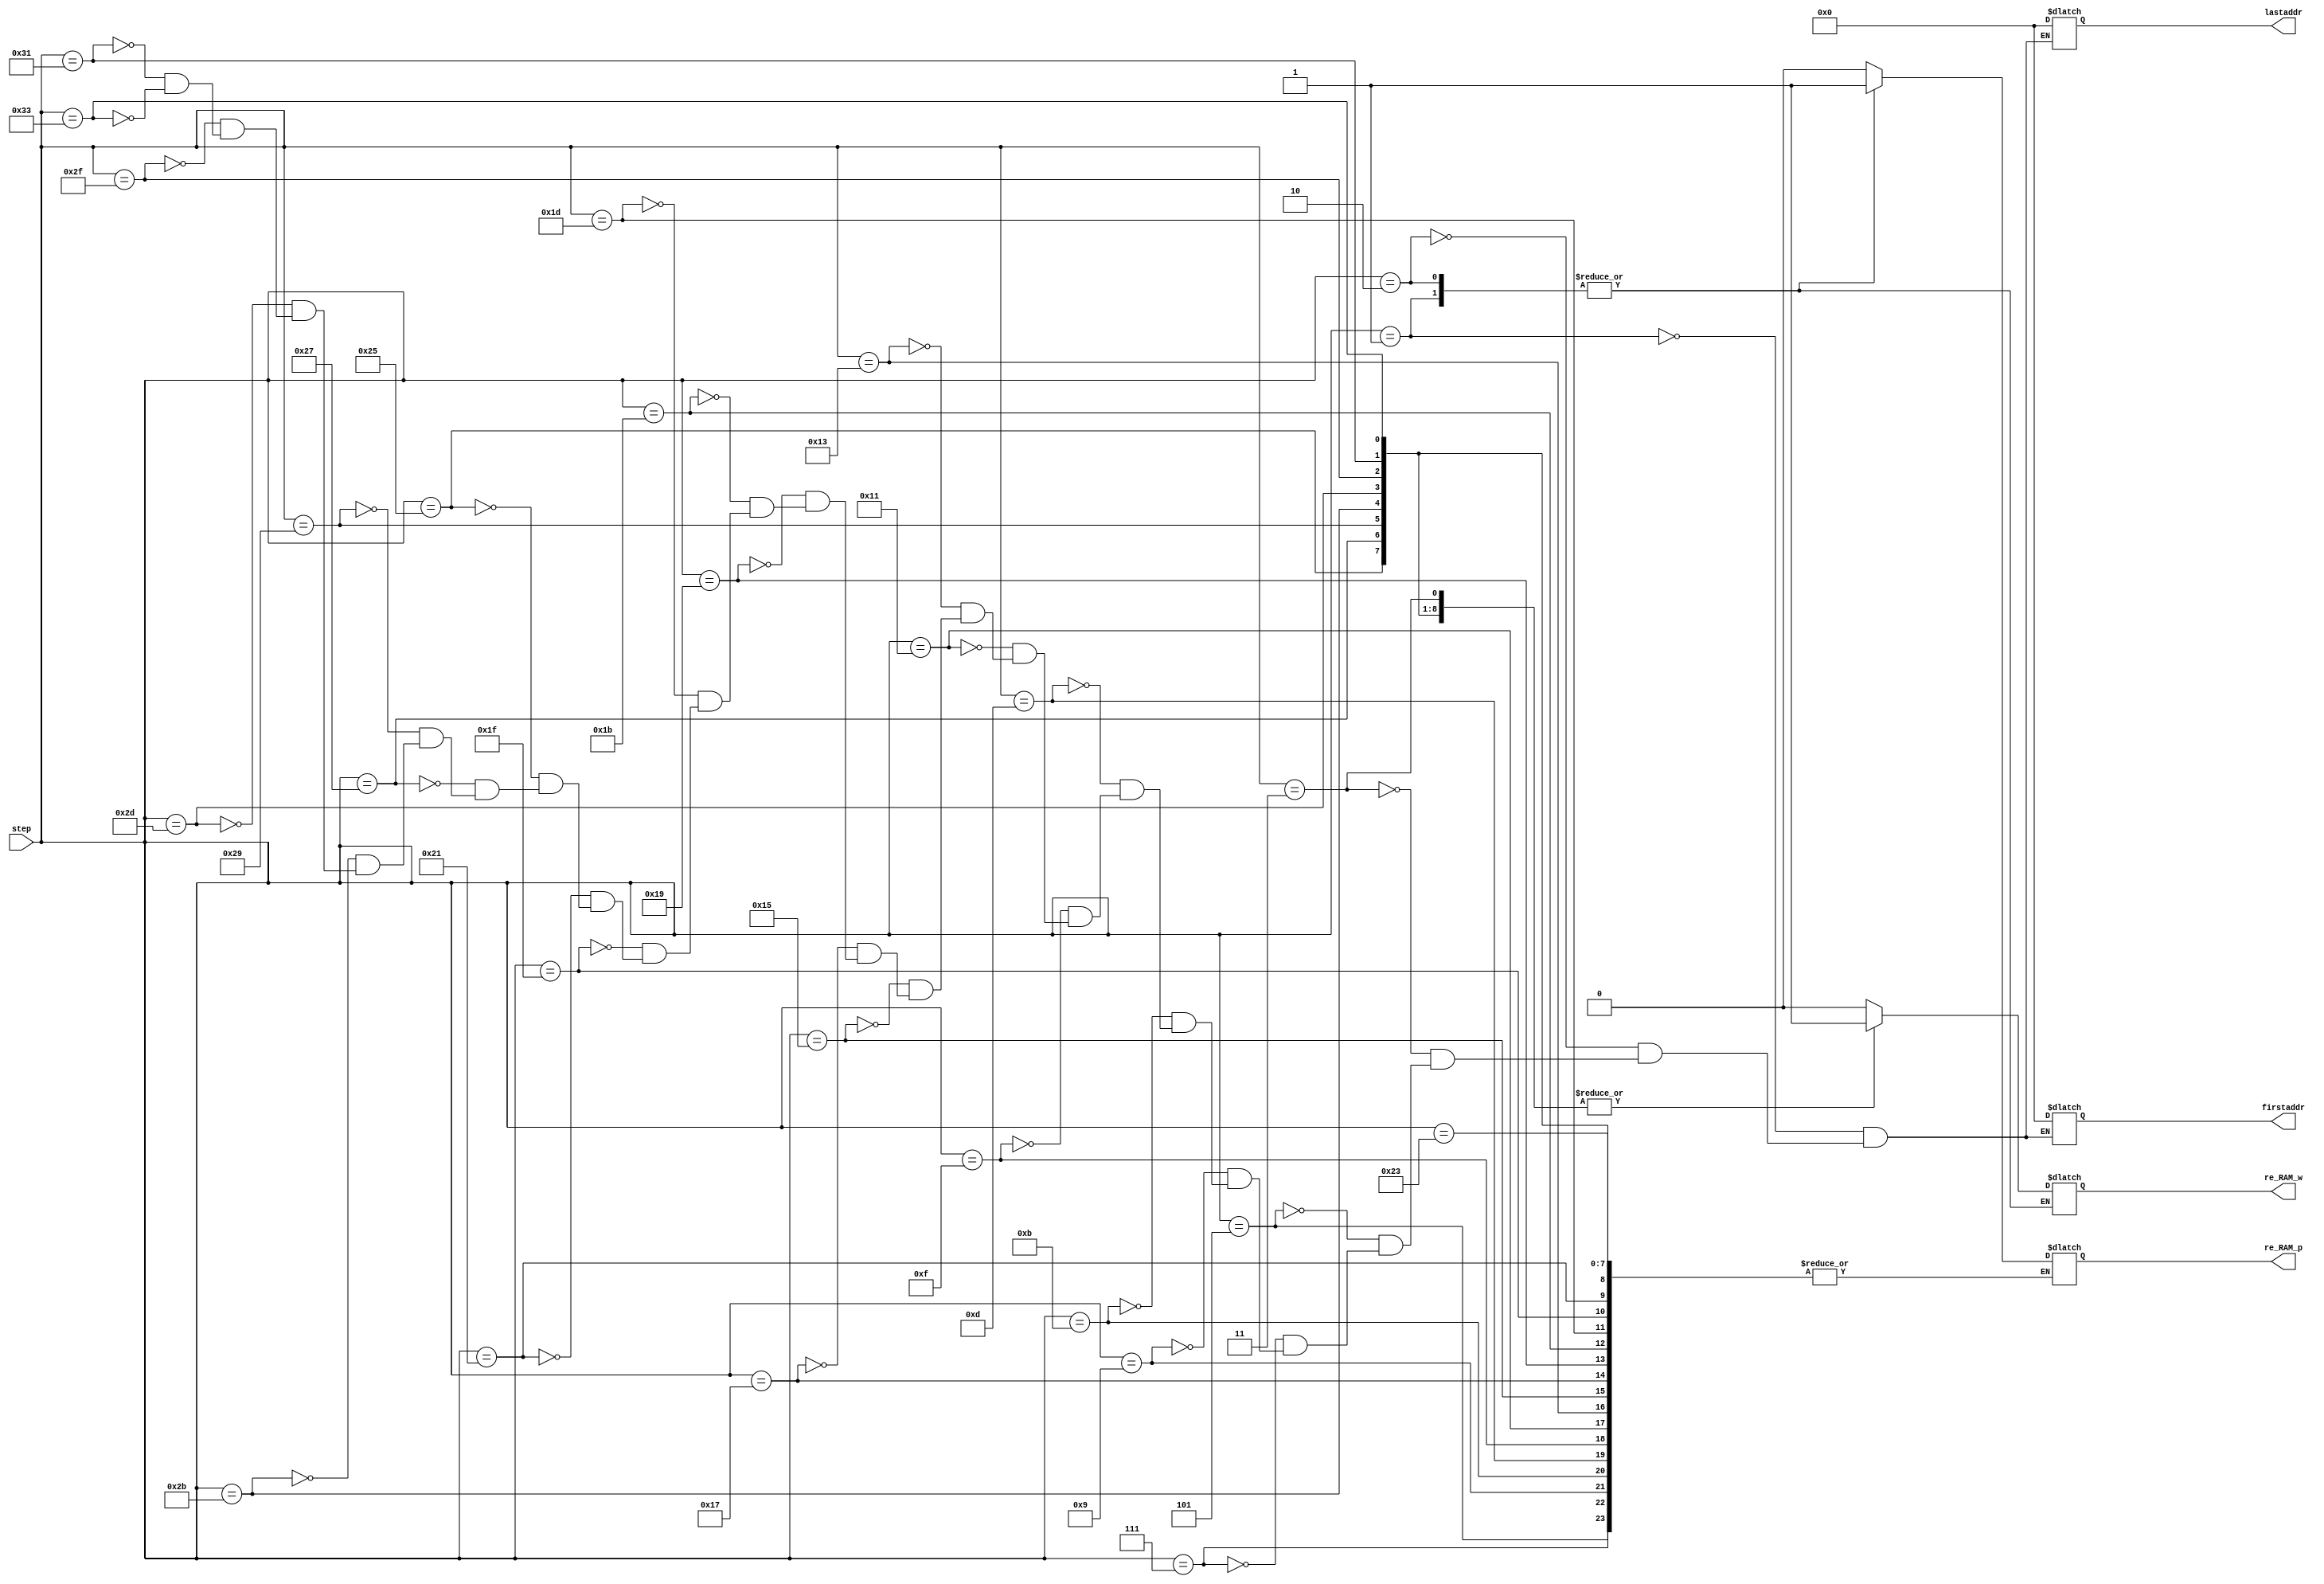
module addressRAM(
	input 		[6:0] 	step,				                            // conv layer step
	output	reg			re_RAM_p, re_RAM_w,               				// read RAM signal, read pixel/weight from database
	output	reg	[14:0]	firstaddr, lastaddr                          	// start/end address
	);	
	
	parameter picture_size		       = 0;
	parameter convolution_size_1by1   = 0;
	parameter convolution_size_3by3   = 0;


	parameter picture_storage_limit_image1 = picture_size*picture_size;                                // image1 0~1599  
	parameter picture_storage_limit_image2 = picture_storage_limit_image1+ picture_size*picture_size;  // image2 1600 ~ 3199
    
	
	parameter conv1 =  1 * convolution_size_3by3;                          // DW1, image1  0 ~ 8
	parameter conv2 = conv1 + 3 * convolution_size_1by1;                   // PW1, image1  9 ~ 11
	parameter conv3 = conv2 + 3 * convolution_size_3by3;                   // DW2, image1  12 ~ 38
	parameter conv4 = conv3 + 9 * convolution_size_1by1;                   // PW2, image1  39 ~ 47
	parameter conv5 = conv4 + 6 * convolution_size_3by3;                   // DW3, image1  48 ~ 101
	parameter conv6 = conv5 + 18 * convolution_size_1by1;                  // PW3, image1  102 ~ 119
	parameter conv7 = conv6 + 9 * convolution_size_3by3;                   // DW4, image1  120 ~ 200
	parameter conv8 = conv7 + 27 * convolution_size_1by1;                  // PW4, image1  201 ~ 227
    
    
    parameter conv9 = conv8 + 1 * convolution_size_3by3;                   // DW1, image2  228 ~ 236
	parameter conv10 = conv9 + 3 * convolution_size_1by1;                  // PW1, image2  237 ~ 239
	parameter conv11 = conv10 + 3 * convolution_size_3by3;                 // DW2, image2  240 ~ 266
	parameter conv12 = conv11 + 9 * convolution_size_1by1;                 // PW2, image2  267 ~ 275
	parameter conv13 = conv12 + 6 * convolution_size_3by3;                 // DW3, image2  276 ~ 329
	parameter conv14 = conv13 + 18 * convolution_size_1by1;                // PW3, image2  330 ~ 347
	parameter conv15 = conv14 + 9 * convolution_size_3by3;                 // DW4, image2  348 ~ 428
	parameter conv16 = conv15 + 27 * convolution_size_1by1;                // PW4, image2  429 ~ 455
	
	parameter conv17 = conv16 + 12 * convolution_size_3by3;                // DW5, decoder  456 ~ 563
	parameter conv18 = conv17 + 144 * convolution_size_1by1;               // PW5, decoder  564 ~ 707
	parameter conv19 = conv18 + 12 * convolution_size_3by3;                // DW6, decoder  708 ~ 815
	parameter conv20 = conv19 + 72 * convolution_size_1by1;                // PW6, decoder  816 ~ 887
	parameter conv21 = conv20 + 6 * convolution_size_3by3;                 // DW7, decoder  888 ~ 941
	parameter conv22 = conv21 + 18 * convolution_size_1by1;                // PW7, decoder  942 ~ 959
	parameter conv23 = conv22 + 3 * convolution_size_3by3;                 // DW8, decoder  960 ~ 986
	parameter conv24 = conv23 + 3 * convolution_size_1by1;                 // PW8, decoder  987 ~ 989
	

	always @(step) begin
		case (step)
		1'd1: begin               // picture
				firstaddr 	= 0;
				lastaddr 	= picture_storage_limit_image1;
				re_RAM_p 		= 1;
			  end 
		2'd2: begin               // picture
				firstaddr 	= picture_storage_limit_image1;
				lastaddr 	= picture_storage_limit_image2;
				re_RAM_p 		= 1;
			  end
		2'd3: begin               // weights DW1, image1
				firstaddr 	= 0;
				lastaddr 	= conv1;
				re_RAM_p 		= 0;
				re_RAM_w 		= 1;
			  end
		3'd5: begin               // weights PW1, image1
				firstaddr 	= conv1;
				lastaddr 	= conv2;
				re_RAM_w 		= 1;
			  end		
		3'd7: begin	              // weights DW2, image1
				firstaddr 	= conv2;
				lastaddr 	= conv3;
				re_RAM_w		= 1;
			  end
		4'd9: begin		          // weights PW2, image1
				firstaddr 	= conv3;
				lastaddr 	= conv4;
				re_RAM_w 		= 1;
				end
		4'd11: begin		     // weights DW3, image1
				firstaddr 	= conv4;
				lastaddr 	= conv5;
				re_RAM_w 		= 1;
			  end
		4'd13: begin		     // weights PW3, image1
				firstaddr 	= conv5;
				lastaddr 	= conv6;
				re_RAM_w		= 1;
			  end
		4'd15: begin		     // weights DW4, image1
				firstaddr 	= conv6;
				lastaddr 	= conv7;
				re_RAM_w 		= 1;
			  end
		5'd17: begin		     // weights PW4, image1
				firstaddr 	= conv7;
				lastaddr 	= conv8;
				re_RAM_w 		= 1;
			  end
		5'd19: begin		     // weights DW1, image2
				firstaddr 	= conv8;
				lastaddr 	= conv9;
				re_RAM_w 		= 1;
			  end
		5'd21: begin		     // weights PW1, image2
				firstaddr 	= conv9;
				lastaddr 	= conv10;
				re_RAM_w 		= 1;
			  end
		5'd23: begin		     // weights DW2, image2
				firstaddr 	= conv10;
				lastaddr 	= conv11;
				re_RAM_w 		= 1;
			  end
		5'd25: begin		     // weights PW2, image2
				firstaddr 	= conv11;
				lastaddr 	= conv12;
				re_RAM_w 		= 1;
			  end
		5'd27: begin		     // weights DW3, image2
				firstaddr 	= conv12;
				lastaddr 	= conv13;
				re_RAM_w 		= 1;
			  end    
		5'd29: begin		     // weights PW3, image2
				firstaddr 	= conv13;
				lastaddr 	= conv14;
				re_RAM_w 		= 1;
			  end
		5'd31: begin		     // weights DW4, image2
				firstaddr 	= conv14;
				lastaddr 	= conv15;
				re_RAM_w 		= 1;
			  end
		6'd33: begin		     // weights PW4, image2
				firstaddr 	= conv15;
				lastaddr 	= conv16;
				re_RAM_w 		= 1;
			  end
		6'd35: begin		      // fusion layer
				re_RAM_w 		= 0;
		    end   	  
	    6'd37: begin		      // weights DW1, decoder
				firstaddr 	= conv16;
				lastaddr 	= conv17;
				re_RAM_w 		= 1;
			  end
	    6'd39: begin		       // weights PW1, decoder
				firstaddr 	= conv17;
				lastaddr 	= conv18;
				re_RAM_w 		= 1;
			  end
	    6'd41: begin		       // weights DW2, decoder
				firstaddr 	= conv18;
				lastaddr 	= conv19;
				re_RAM_w 		= 1;
			  end
		6'd43: begin		       // weights PW2, decoder
				firstaddr 	= conv19;
				lastaddr 	= conv20;
				re_RAM_w 		= 1;
			  end
		 6'd45: begin		       // weights DW3, decoder
				firstaddr 	= conv20;
				lastaddr 	= conv21;
				re_RAM_w 		= 1;
			  end
		 6'd47: begin		       // weights PW3, decoder
				firstaddr 	= conv21;
				lastaddr 	= conv22;
				re_RAM_w 		= 1;
			  end
		 6'd49: begin		       // weights DW4, decoder
				firstaddr 	= conv22;
				lastaddr 	= conv23;
				re_RAM_w 		= 1;
			  end
		 6'd51: begin		       // weights PW4, decoder
				firstaddr 	= conv23;
				lastaddr 	= conv24;
				re_RAM_w 		= 1;
			  end  	  	  	  	  	  	  	  	  
		default: begin
					re_RAM_w = 0;
					re_RAM_p = 0;
				end
		endcase
	end
endmodule